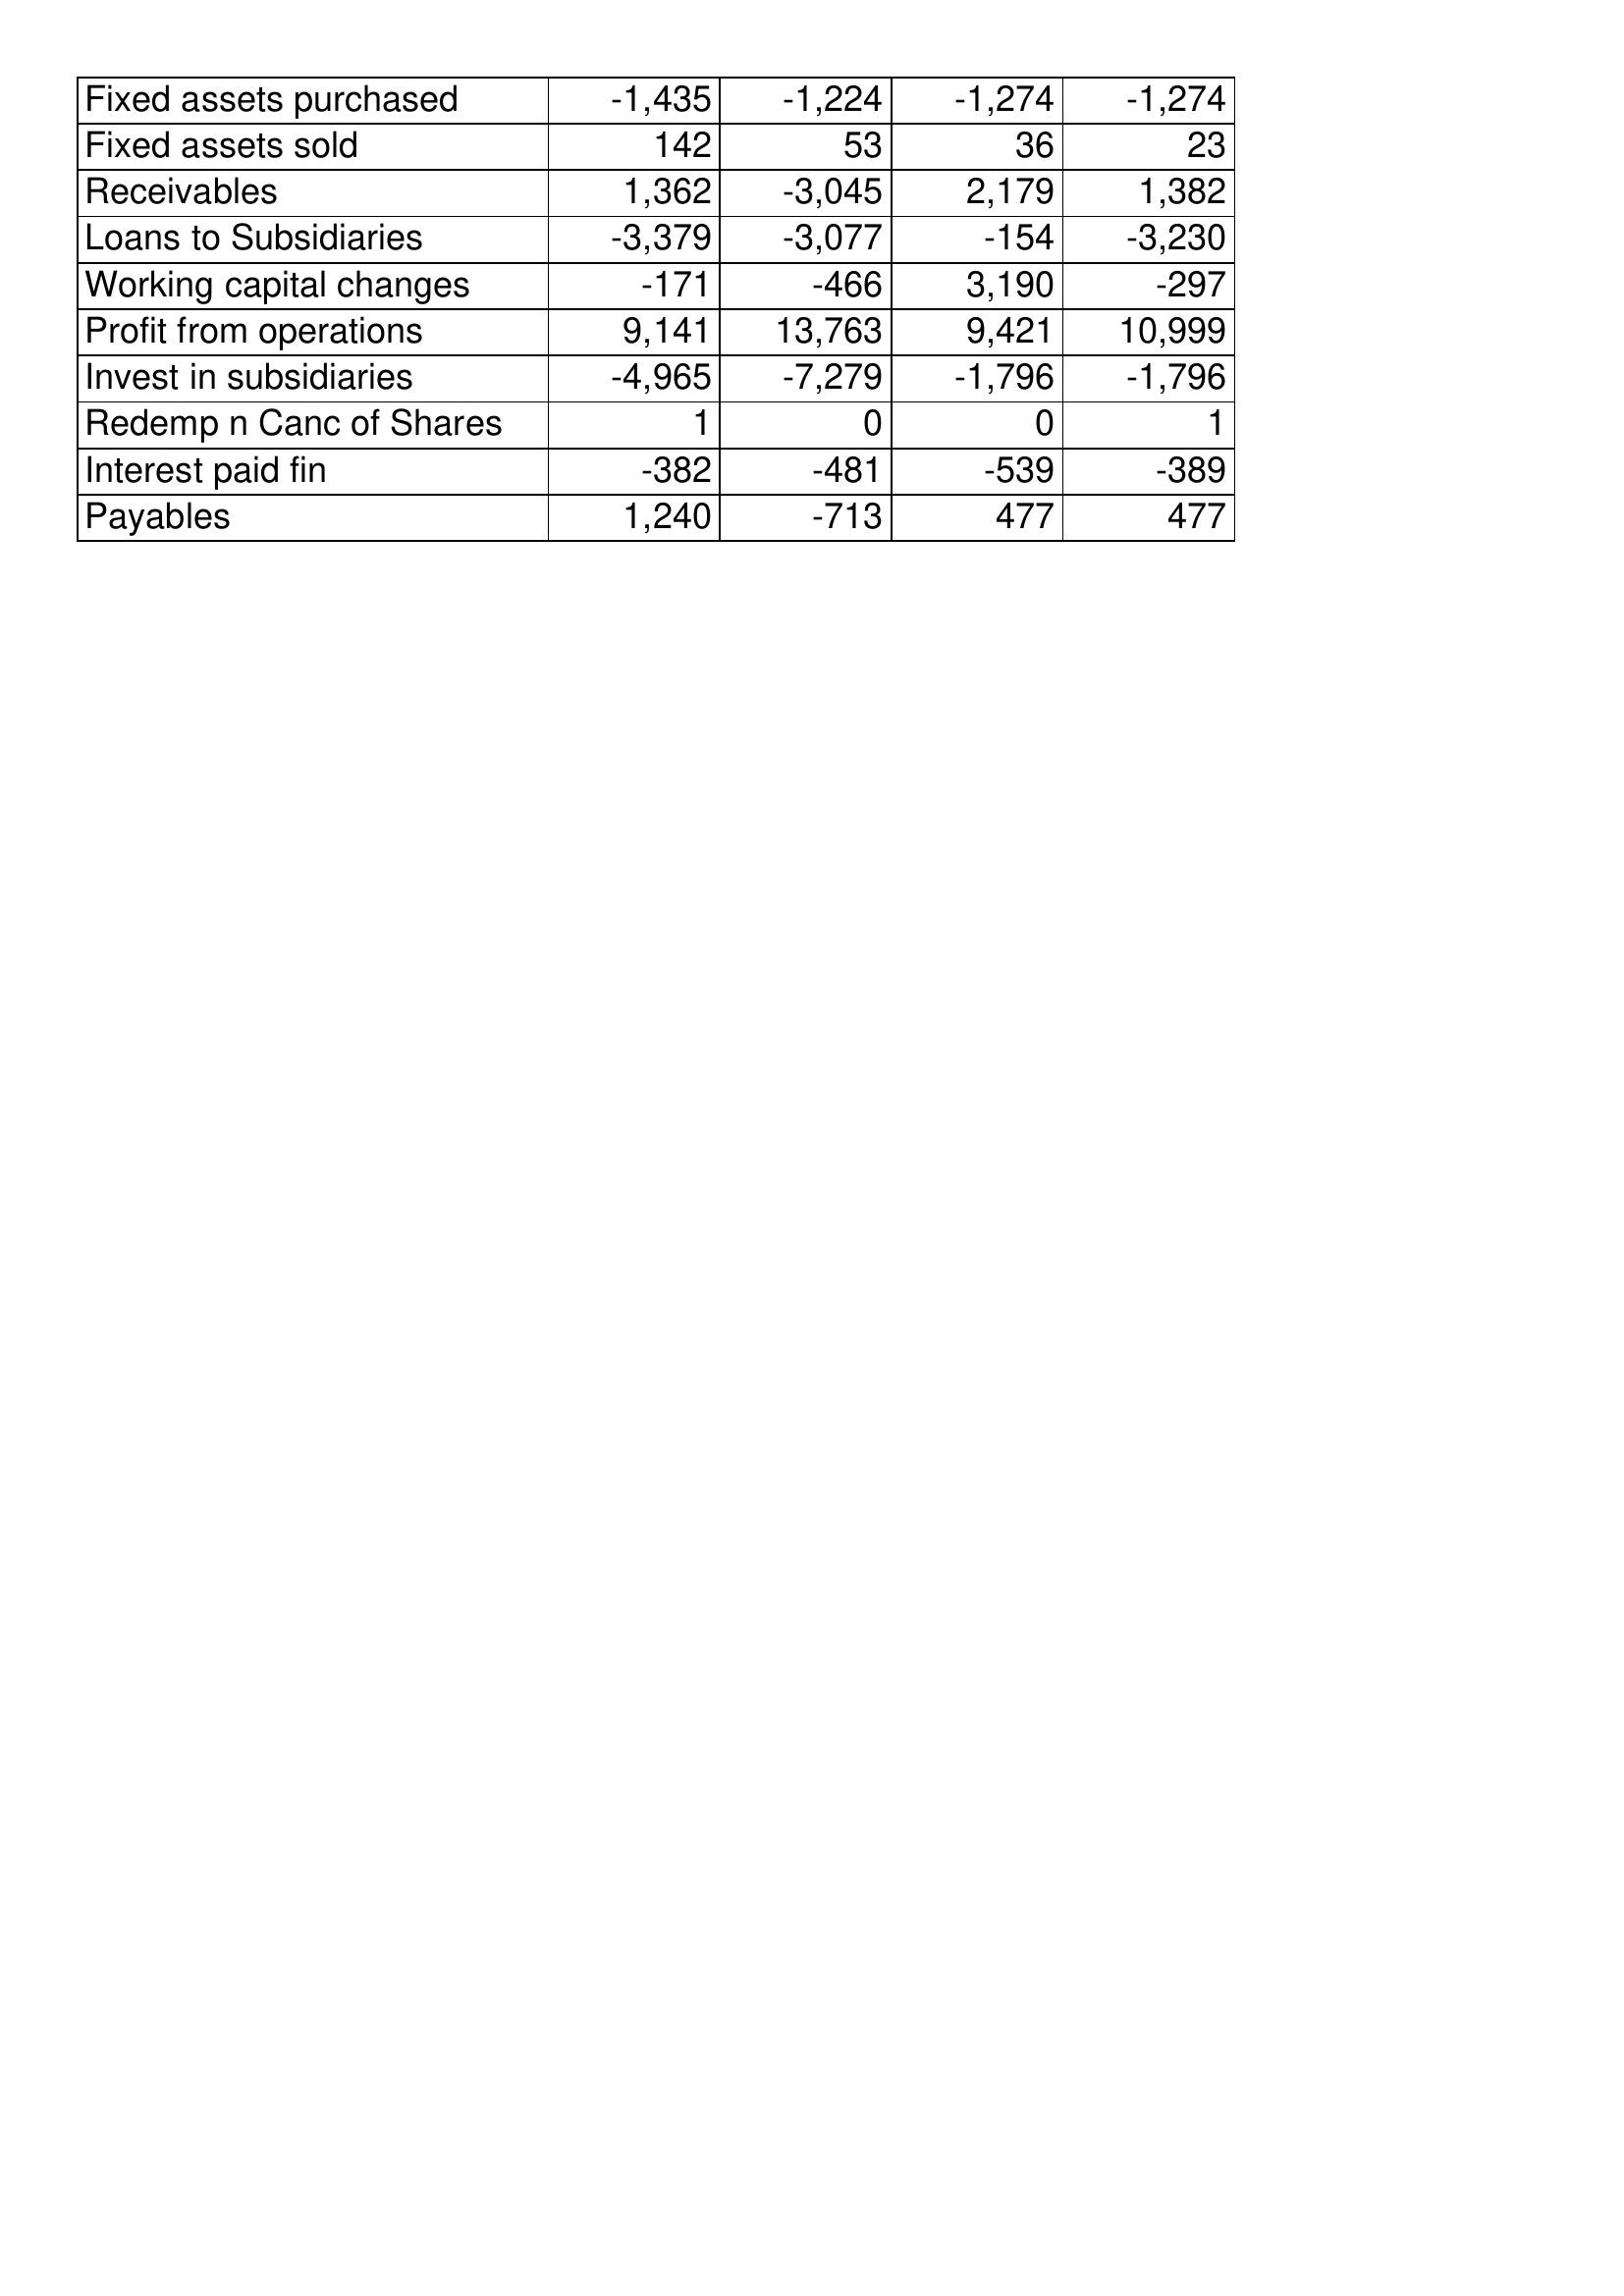
Apr-12: Cash Flows: Fixed assets purchased: -1,435
Fixed assets sold: 142
Receivables: 1,362
Loans to Subsidiaries: -3,379
Working capital changes: -171
Profit from operations: 9,141
Invest in subsidiaries: -4,965
Redemp n Canc of Shares: 1
Interest paid fin: -382
Payables: 1,240
Apr-11: Cash Flows: Fixed assets purchased: -1,224
Fixed assets sold: 53
Receivables: -3,045
Loans to Subsidiaries: -3,077
Working capital changes: -466
Profit from operations: 13,763
Invest in subsidiaries: -7,279
Redemp n Canc of Shares: 0
Interest paid fin: -481
Payables: -713
Apr-10: Cash Flows: Fixed assets purchased: -1,274
Fixed assets sold: 36
Receivables: 2,179
Loans to Subsidiaries: -154
Working capital changes: 3,190
Profit from operations: 9,421
Invest in subsidiaries: -1,796
Redemp n Canc of Shares: 0
Interest paid fin: -539
Payables: 477
Apr-09: Cash Flows: Fixed assets purchased: -1,274
Fixed assets sold: 23
Receivables: 1,382
Loans to Subsidiaries: -3,230
Working capital changes: -297
Profit from operations: 10,999
Invest in subsidiaries: -1,796
Redemp n Canc of Shares: 1
Interest paid fin: -389
Payables: 477